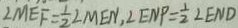
\angle M E F = \frac { 1 } { 2 } \angle M E N , \angle E N P = \frac { 1 } { 2 } \angle E N D